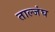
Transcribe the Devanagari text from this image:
ताल्जंघ